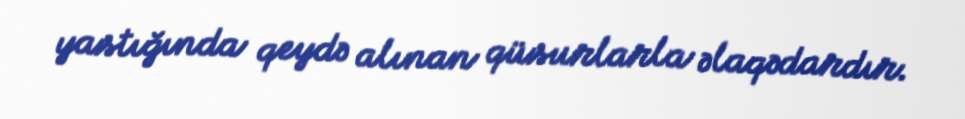
yastığında qeydə alınan qüsurlarla əlaqədardır.